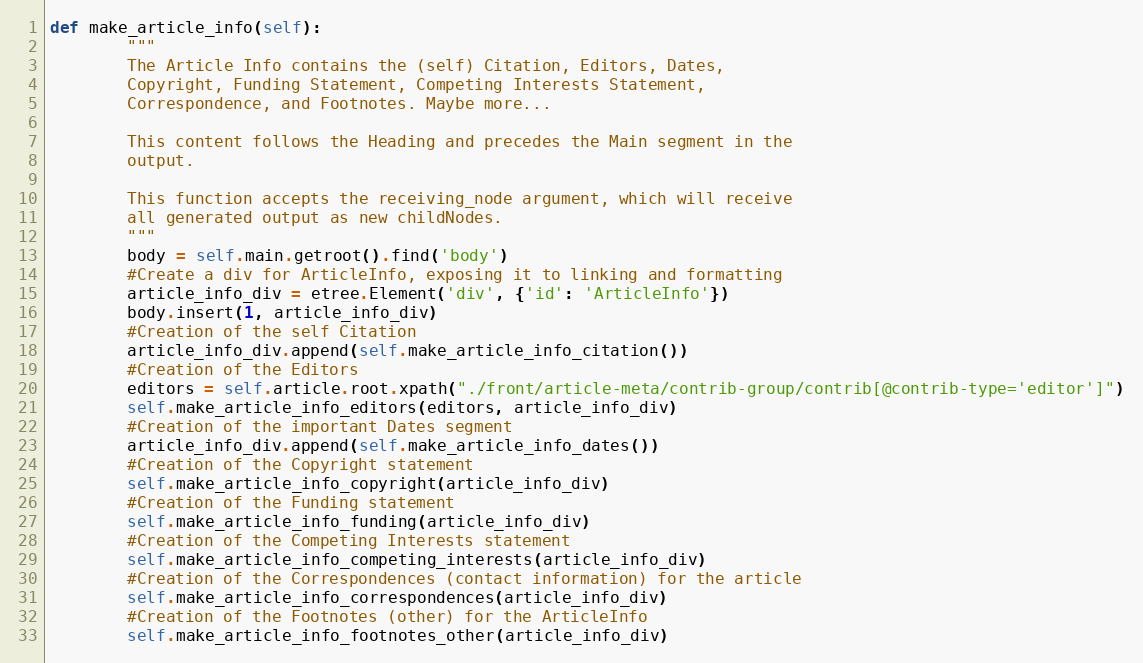
Language: Python
def make_article_info(self):
        """
        The Article Info contains the (self) Citation, Editors, Dates,
        Copyright, Funding Statement, Competing Interests Statement,
        Correspondence, and Footnotes. Maybe more...

        This content follows the Heading and precedes the Main segment in the
        output.

        This function accepts the receiving_node argument, which will receive
        all generated output as new childNodes.
        """
        body = self.main.getroot().find('body')
        #Create a div for ArticleInfo, exposing it to linking and formatting
        article_info_div = etree.Element('div', {'id': 'ArticleInfo'})
        body.insert(1, article_info_div)
        #Creation of the self Citation
        article_info_div.append(self.make_article_info_citation())
        #Creation of the Editors
        editors = self.article.root.xpath("./front/article-meta/contrib-group/contrib[@contrib-type='editor']")
        self.make_article_info_editors(editors, article_info_div)
        #Creation of the important Dates segment
        article_info_div.append(self.make_article_info_dates())
        #Creation of the Copyright statement
        self.make_article_info_copyright(article_info_div)
        #Creation of the Funding statement
        self.make_article_info_funding(article_info_div)
        #Creation of the Competing Interests statement
        self.make_article_info_competing_interests(article_info_div)
        #Creation of the Correspondences (contact information) for the article
        self.make_article_info_correspondences(article_info_div)
        #Creation of the Footnotes (other) for the ArticleInfo
        self.make_article_info_footnotes_other(article_info_div)